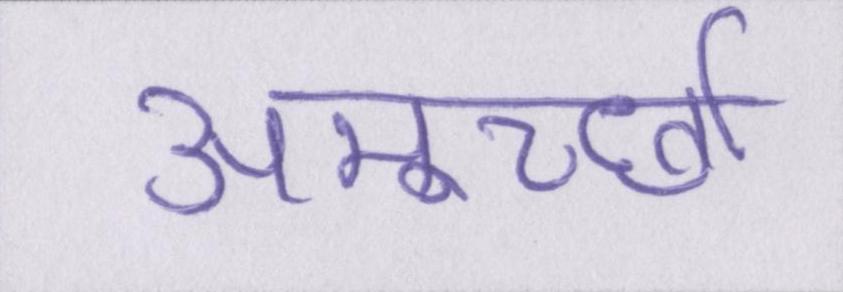
अमूर्च्छा